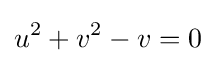
u^{2}+v^{2}-v=0